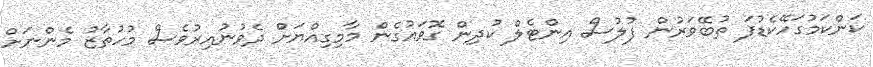
ކަންކަމުގަހޭކެޑުފަ ތުބޭވަރުން ފުލުސް އިންޓެލް ކުދިން ގޮވައުގެން މާމިގިއްޔަށް ދެވުނުއިރުވެސް މުހުތާޒު މެންނަށް